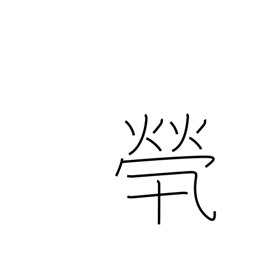
Meaning: without any family